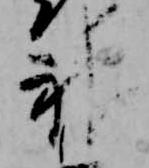
神